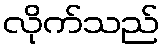
လိုက်သည်